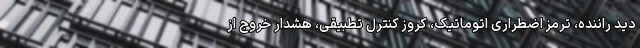
دید راننده، ترمز اضطراری اتوماتیک، کروز کنترل تطبیقی، هشدار خروج از